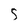
Character: S